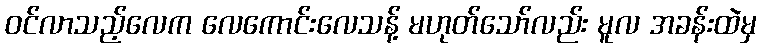
ဝင်လာသည့်လေက လေကောင်းလေသန့် မဟုတ်သော်လည်း မူလ အခန်းထဲမှ